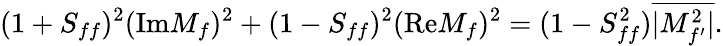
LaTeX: (1+S_{ff})^{2}(\mathrm{Im}M_{f})^{2}+(1-S_{ff})^{2}(\mathrm{Re}M_{f})^{2}=(1-S_{ff}^{2})\overline{{{|M_{f^{\prime}}^{2}|}}}.